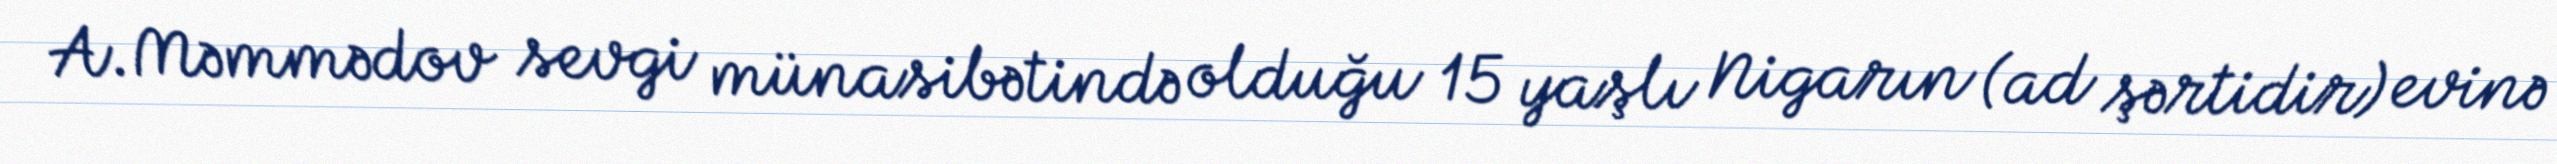
A.Məmmədov sevgi münasibətində olduğu 15 yaşlı Nigarın (ad şərtidir) evinə